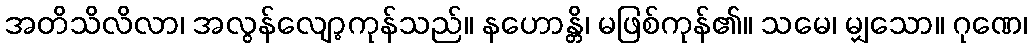
အတိသိလိလာ၊ အလွန်လျော့ကုန်သည်။ နဟောန္တိ၊ မဖြစ်ကုန်၏။ သမေ၊ မျှသော။ ဂုဏေ၊